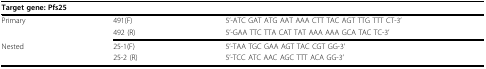
<table><thead><tr><td colspan="3"><b>Target gene: Pfs25</b></td></tr></thead><tbody><tr><td>Primary</td><td>491(F)</td><td>5&#x27;-ATC GAT ATG AAT AAA CTT TAC AGT TTG TTT CT-3&#x27;</td></tr><tr><td></td><td>492 (R)</td><td>5&#x27;-GAA TTC TTA CAT TAT AAA AAA GCA TAC TC-3&#x27;</td></tr><tr><td>Nested</td><td>25-1(F)</td><td>5&#x27;-TAA TGC GAA AGT TAC CGT GG-3&#x27;</td></tr><tr><td></td><td>25-2 (R)</td><td>5&#x27;-TCC ATC AAC AGC TTT ACA GG-3&#x27;</td></tr></tbody></table>